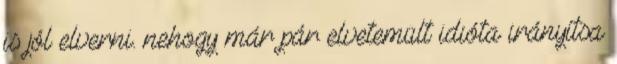
is jól elverni. nehogy már pár elvetemült idióta irányítsa